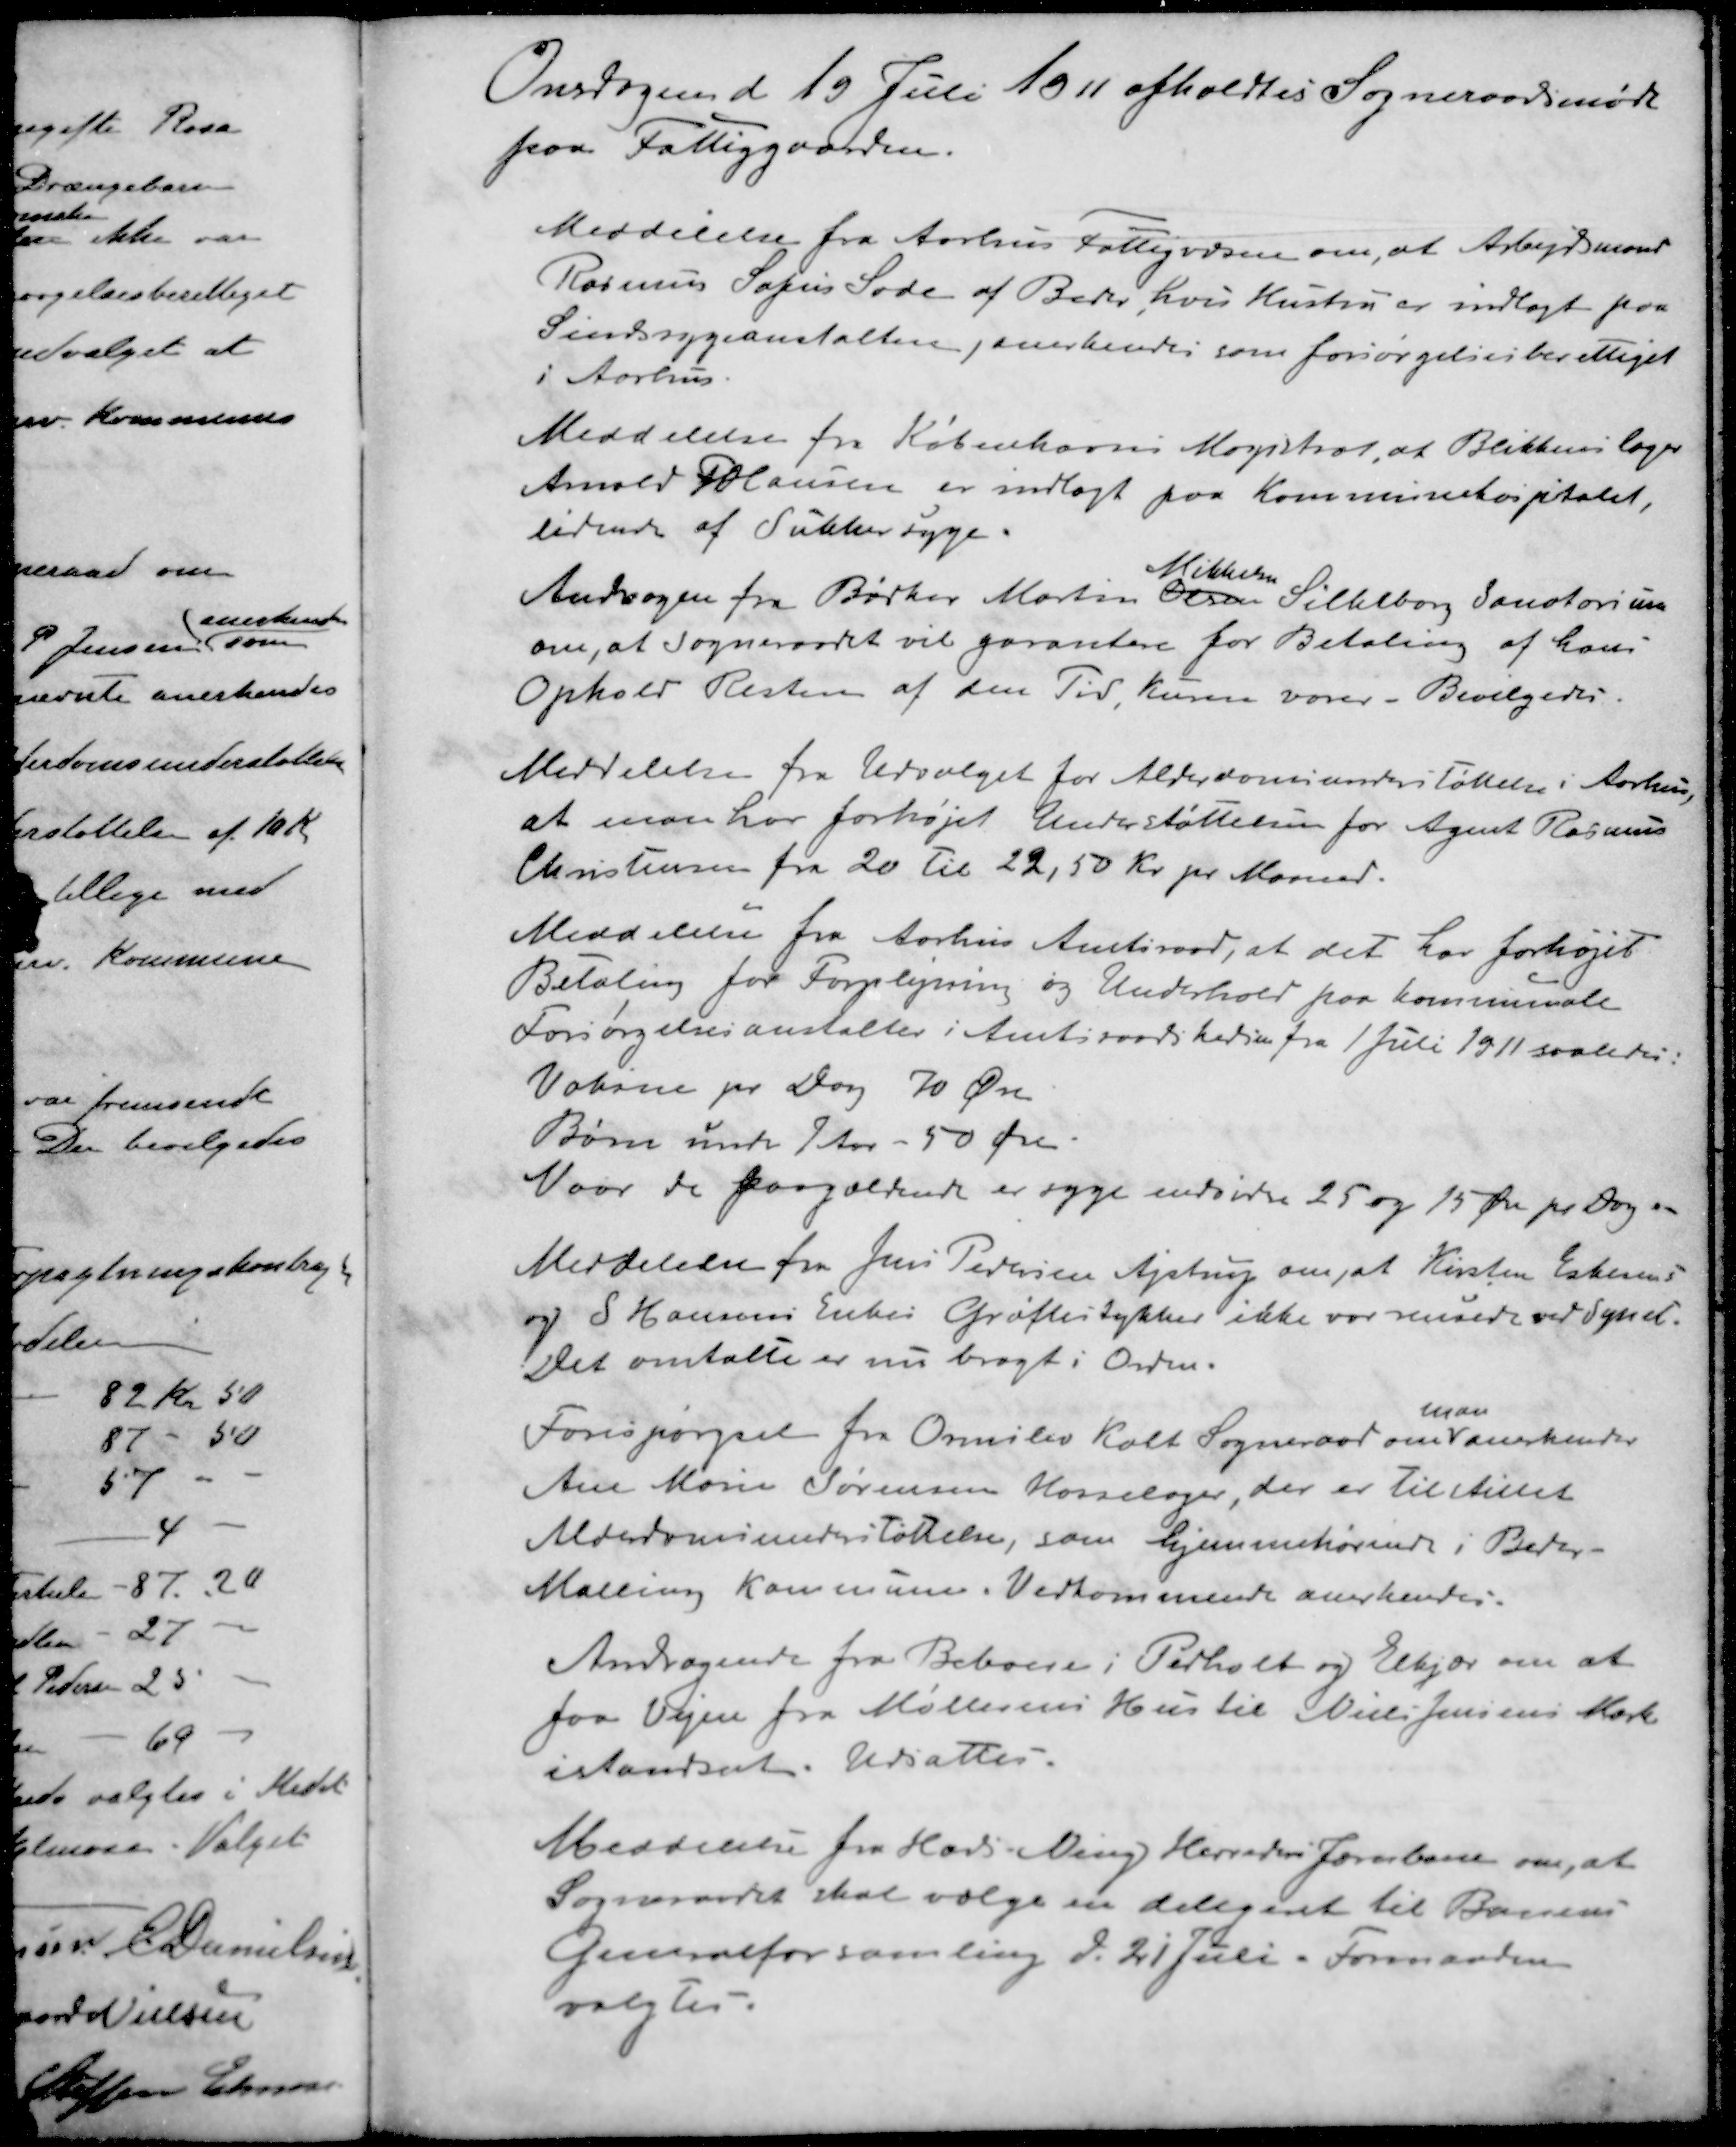
Transskription:
Onsdagend 19 Juli 1911 afholdtes Sogneraadsmøde
paa Fattiggaarden.
Meddelelse fra Aarhus Fattigvæsen om, at Arbejdsmand
Rasmus Sofus Sode af Beder, hvis Hustru er indlagt paa
Sindssygeanstalten, anerkendes som forsørgelsesberettiget
i Aarhus
Meddelelse fra Københavns Magistrat, at Blikkenslager
Anold P Hansen er indlagt paa Kommunehospitalet
lidende af Sukker syge.
Mikkelsen
Andragen fra Bødker Morten Olsen Silkeborg Sanatorium
om, at Sogneraadet vil garantere for Betaling af hans
Ophold Resten af den Tid kuren varer - Bevilgedes.
Meddelelse fra Udvalget for Alderdomsunderstøttelse i Aarhus,
at man har forhøjet Understøttelsen for Agent Rasmus
Christensen fra 20 til 22,50 Kr. pr. Maaned.
Meddelelse fra Aarhus Amtsraad, at det har forhøjet
Betaling for Forplejning og Underhold paa Kommunale
Forsørgelsesanstalter i Amtsraadskredsen fra 1 Juli 1911 saaledes:
Voksne pr. Dag 70 Øre
Børn under 7 Aar - 50 Øre.
Naar de paagældende er syge endvidere 25 og 15 Øre pr. Dag.
Meddelelse fra Jens Pedersen Ajstrup om at Kirsten Eskesen
og S Hansens Enkes Grøftestykker ikke var rensede ved synet.
Det omtalte er nu bragt i Ordn.
man
Forespørgsel fra Ormslev Kolt Sogneraad om anerkender
Ane Marie Sørensen Hasselager, der er Tilstillet
Alderdomsunderstøttelse, som hjemmehørende i Beder-
Malling Kommune. Vedkommende anerkendes.
Andragende fra Beboere i Pedholt og Elkjær om at
faa Vejen fra Møllerens Hus til Niels Jensens Mark
istandsat. Udsattes.
Meddelelse fra Hads Ning Herreders Jernbane om, at
Sogneraadet skal vælge en delegeret til Banens
Generalforsamling d. 21 Juli - Formanden
valgtes.